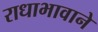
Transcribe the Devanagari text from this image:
राधाभावाने